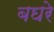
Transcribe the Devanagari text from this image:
बघरे